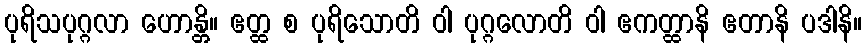
ပုရိသပုဂ္ဂလာ ဟောန္တိ။ ဧတ္ထ စ ပုရိသောတိ ဝါ ပုဂ္ဂလောတိ ဝါ ဧကတ္ထာနိ ဧတာနိ ပဒါနိ။